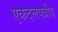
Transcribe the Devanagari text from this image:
एकदलपत्रीय